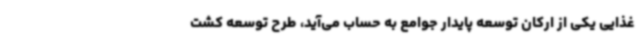
غذایی یکی از ارکان توسعه پایدار جوامع به حساب می‌آید، طرح توسعه کشت